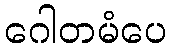
ဂေါတမံပေ